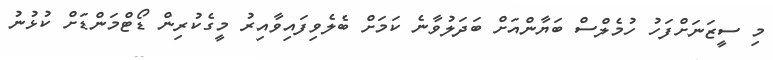
މި ސީޒަނަށްފަހު ހުމެލްސް ބަޔާންއަށް ބަދަލުވާނެ ކަމަށް ބެލެވިފައިވާއިރު މީގެކުރިން ޑޯޓްމަންޑަށް ކުޅުނު